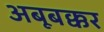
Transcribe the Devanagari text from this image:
अबूबक्कर